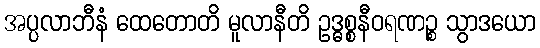
အပ္ပလာဘီနံ ထေတောတိ မူလာနီတိ ဥဒ္ဓစ္စနီဝရဏဉ္စ သွာဒယော